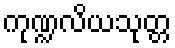
ကုဏ္ဍလိယသုတ္တ